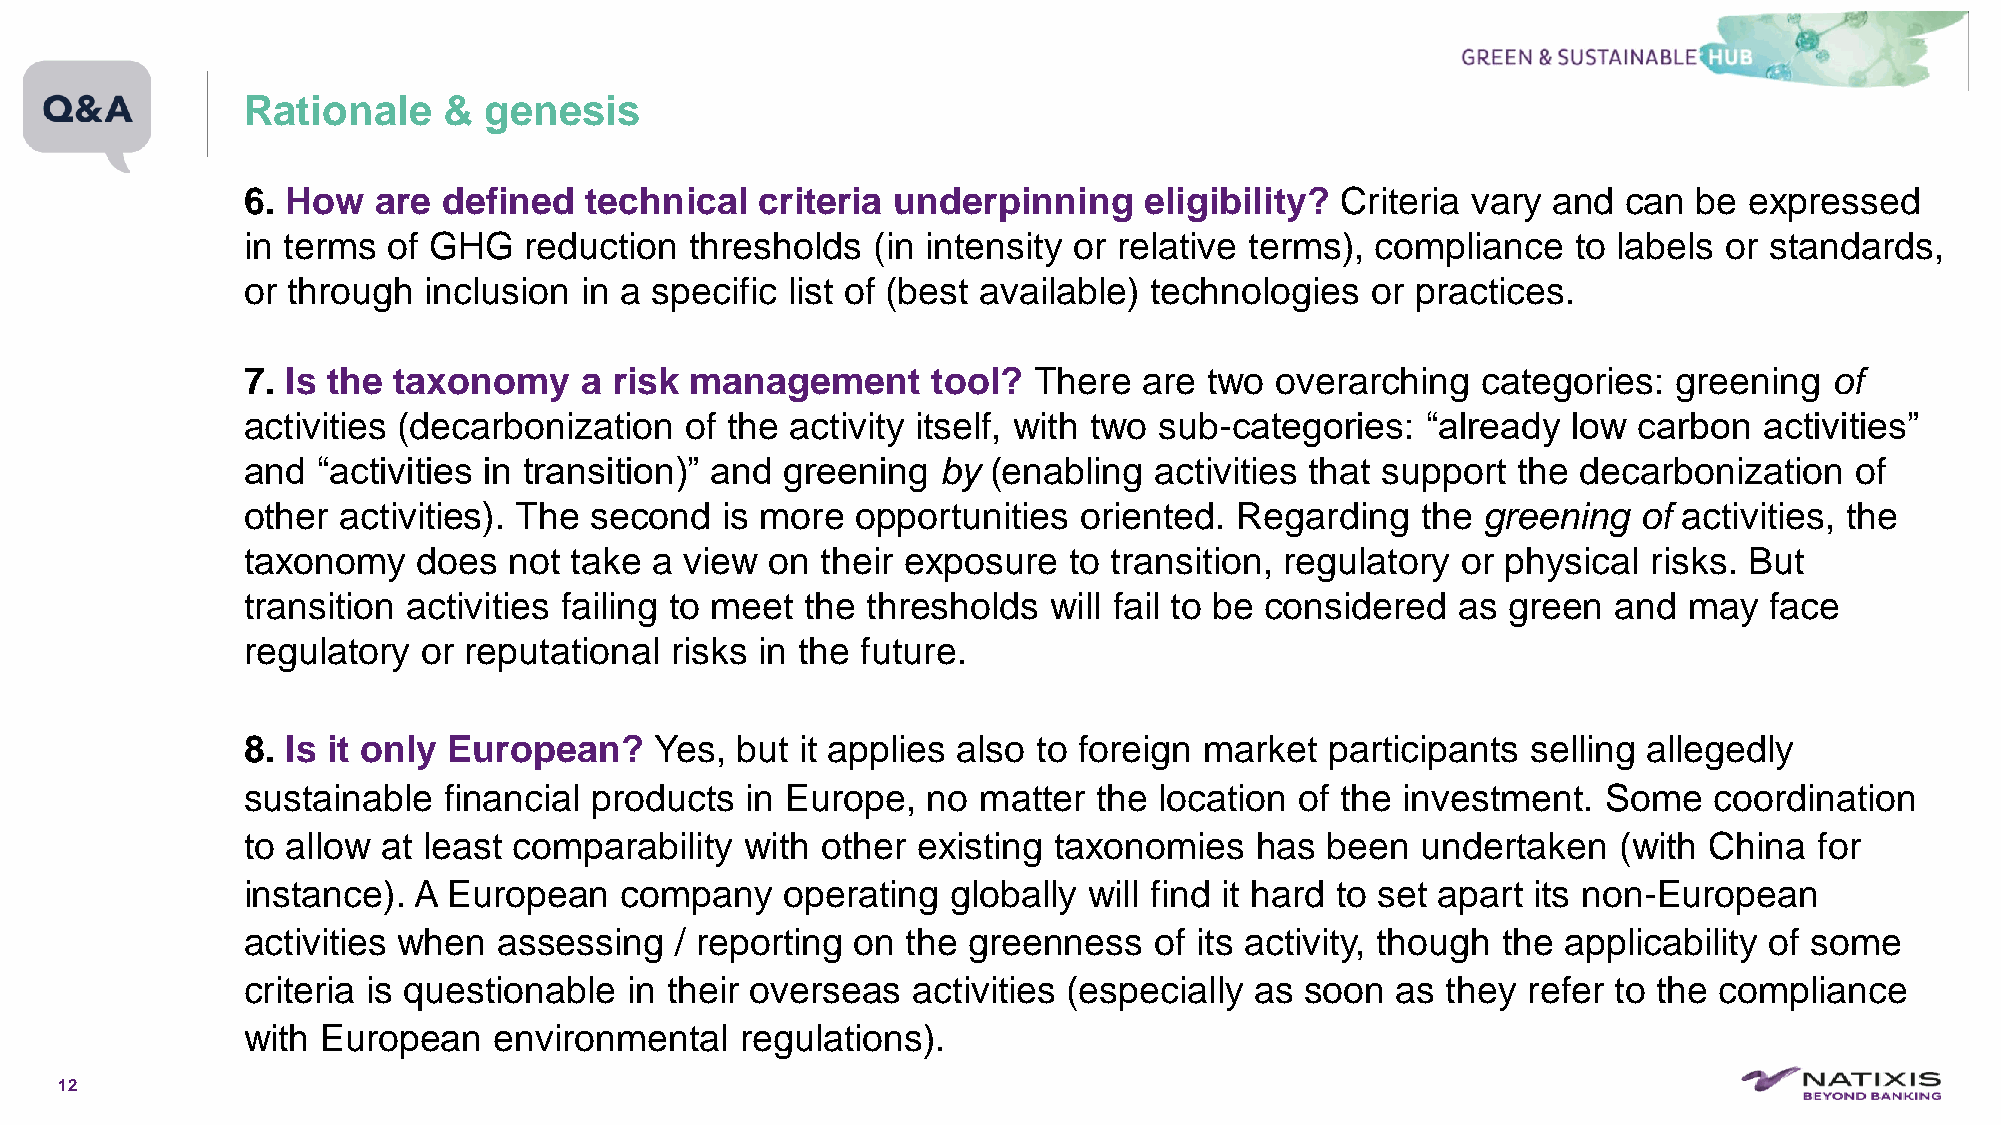
Rationale    &  genesis
 6. How   are defined   technical  criteria underpinning     eligibility? Criteria vary and  can be  expressed
 in terms  of GHG   reduction  thresholds  (in intensity or relative terms), compliance  to labels or standards,
 or through  inclusion in a specific list of (best available) technologies  or practices.
 7. Is the taxonomy    a  risk management      tool? There   are two overarching   categories:  greening  of
 activities (decarbonization  of the activity itself, with two sub-categories: “already  low carbon   activities”
 and  “activities in transition)” and greening by  (enabling activities that support the  decarbonization   of
 other activities). The second   is more  opportunities  oriented. Regarding   the greening   of activities, the
 taxonomy    does  not take a view  on their exposure   to transition, regulatory or physical risks. But
 transition activities failing to meet the thresholds will fail to be considered  as green  and  may  face
 regulatory  or reputational risks in the future.
 8. Is it only European?    Yes,  but it applies also to foreign market  participants selling allegedly
 sustainable  financial products  in Europe,  no  matter  the location of the investment.  Some   coordination
 to allow at least comparability  with other  existing taxonomies   has  been  undertaken   (with China  for
 instance). A  European   company    operating  globally will find it hard to set apart its non-European
 activities when  assessing   / reporting on the greenness   of its activity, though the applicability of some
 criteria is questionable in their overseas  activities (especially as soon  as  they refer to the compliance
 with European    environmental   regulations).
 12
 C1-PublicNat